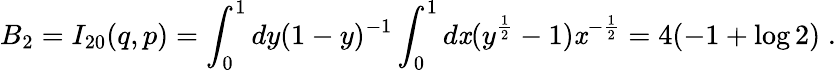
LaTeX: B_{2}=I_{20}(q,p)=\int_{0}^{1}dy(1-y)^{-1}\int_{0}^{1}d\mathit{x}(y^{\frac{1}{2}}-1)\mathit{x}^{-\frac{1}{2}}=4(-1+\log2)\; .